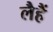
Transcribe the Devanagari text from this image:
लैहैं